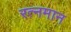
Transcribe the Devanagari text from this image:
रत्नमान